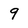
Character: 9